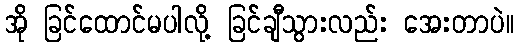
အို ခြင်ထောင်မပါလို့ ခြင်ချီသွားလည်း အေးတာပဲ။